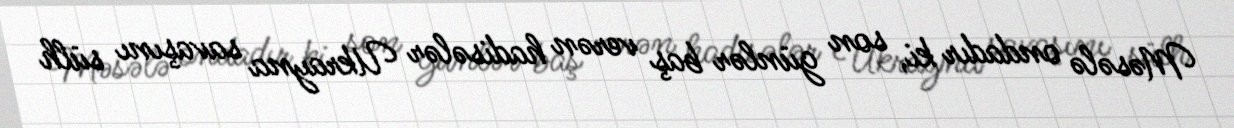
Məsələ ondadır ki, son günlər baş verən hadisələr Ukrayna savaşını sülh